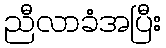
ညီလာခံအပြီး